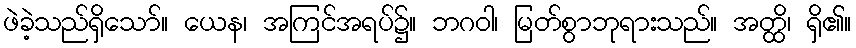
ဖဲခဲ့သည်ရှိသော်။ ယေန၊ အကြင်အရပ်၌။ ဘဂဝါ၊ မြတ်စွာဘုရားသည်။ အတ္ထိ၊ ရှိ၏။